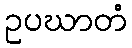
ဥပဃာတံ